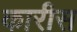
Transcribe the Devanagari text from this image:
कारीस